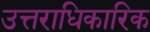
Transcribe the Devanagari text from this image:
उत्तराधिकारिक